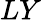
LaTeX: LY